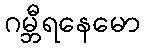
ဂမ္ဘီရနေမော